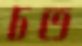
চত